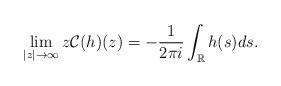
LaTeX: \begin{align*}\lim _{|z| \rightarrow \infty} z \mathcal{C}(h)(z)=-\frac{1}{2 \pi i} \int_{\mathbb{R}} h(s)ds.\end{align*}